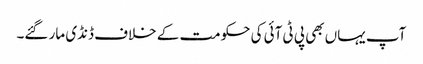
آپ یہاں بھی پی ٹی آئی کی حکومت کے خلاف ڈنڈی مار گئے۔